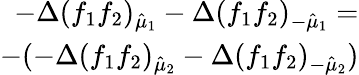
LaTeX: \begin{array}{r}{-\Delta(f_{1}f_{2})_{\hat{\mu}_{1}}-\Delta(f_{1}f_{2})_{-\hat{\mu}_{1}}=}\\ {-(-\Delta(f_{1}f_{2})_{\hat{\mu}_{2}}-\Delta(f_{1}f_{2})_{-\hat{\mu}_{2}})}\end{array}